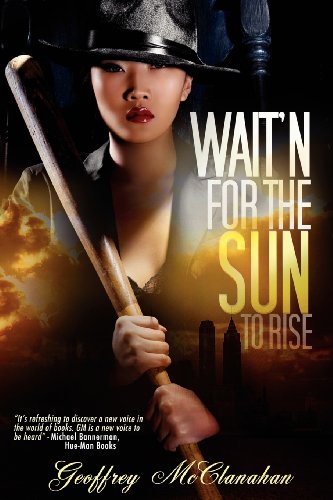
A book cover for Wait'n For The Sun To Rise; Geoffrey McClanahan; Romance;